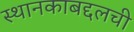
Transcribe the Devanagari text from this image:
स्थानकाबद्दलची